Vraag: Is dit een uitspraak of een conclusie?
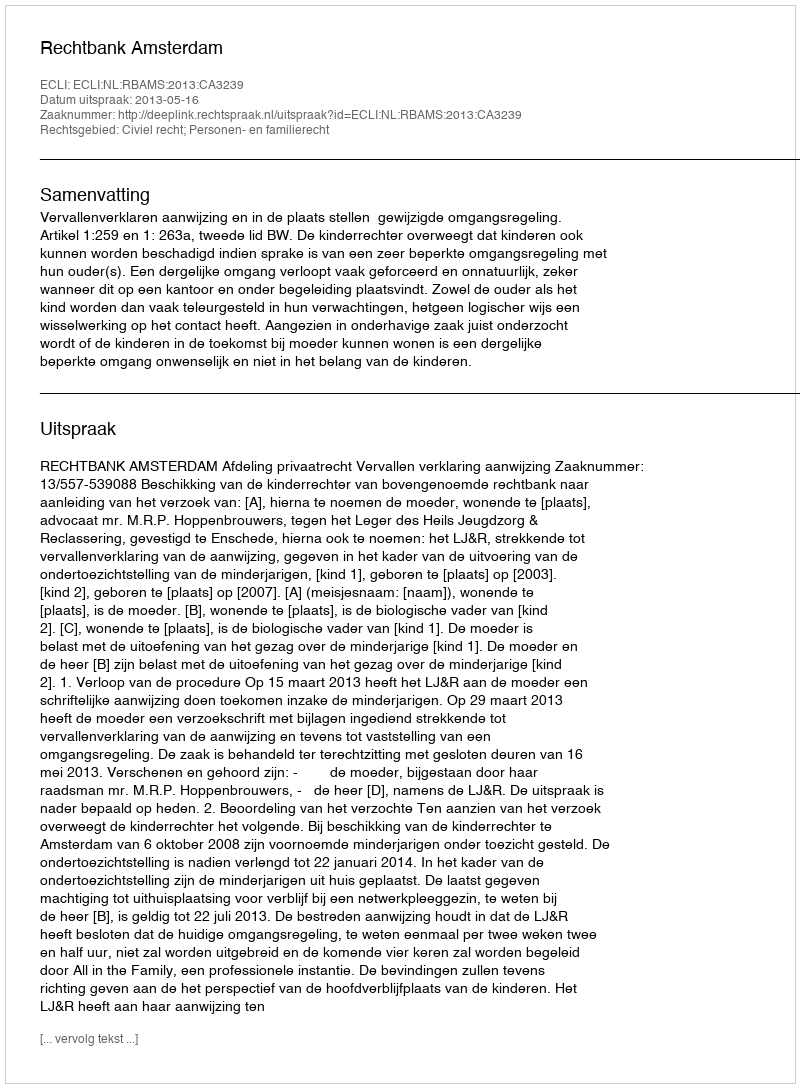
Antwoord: Uitspraak